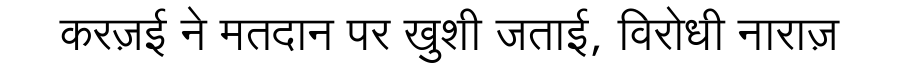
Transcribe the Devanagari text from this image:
करज़ई ने मतदान पर खुशी जताई, विरोधी नाराज़